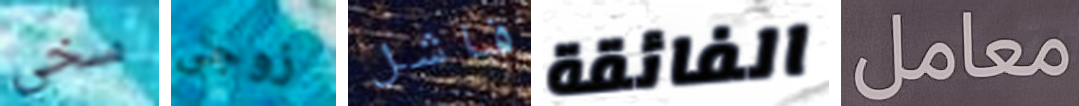
سخي زوجى فاشل الفائقة معامل